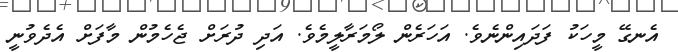
އެނގޭ މީހަކު ފަދައިންނެވެ. އަހަރެން ލޯމަރާލީމެވެ. އަދި ދުރަށް ޖެހެމުން މާފަށް އެދެވުނީ